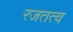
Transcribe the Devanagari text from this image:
रजतत्व